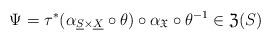
LaTeX: \begin{align*}\Psi=\tau^{*}(\alpha_{\underline{S}\times\underline{X}}\circ\theta)\circ\alpha_{\mathfrak{X}}\circ\theta^{-1}\in\mathfrak{Z}(S)\end{align*}